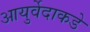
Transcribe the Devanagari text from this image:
आयुर्वेदाकडे